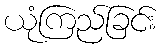
ယုံကြည်ခြင်း